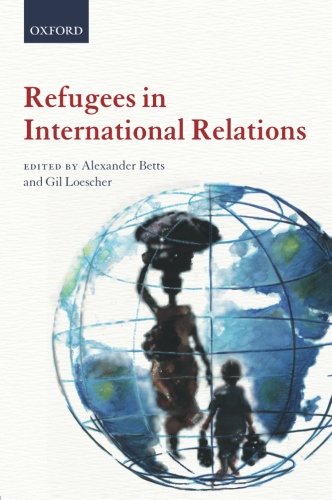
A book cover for Refugees in International Relations; Law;